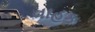
વાહક